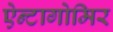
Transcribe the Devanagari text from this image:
ऐन्टागोमिर